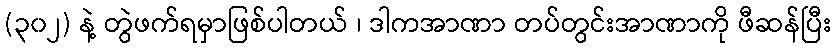
(၃၀၂) နဲ့ တွဲဖက်ရမှာဖြစ်ပါတယ် ၊ ဒါကအာဏာ တပ်တွင်းအာဏာကို ဖီဆန်ပြီး